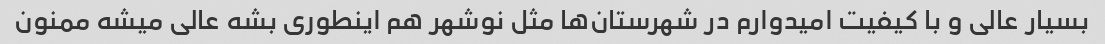
بسیار عالی و با کیفیت امیدوارم در شهرستان‌ها مثل نوشهر هم اینطوری بشه عالی میشه ممنون